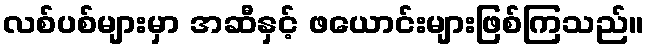
လစ်ပစ်များမှာ အဆီနှင့် ဖယောင်းများဖြစ်ကြသည်။